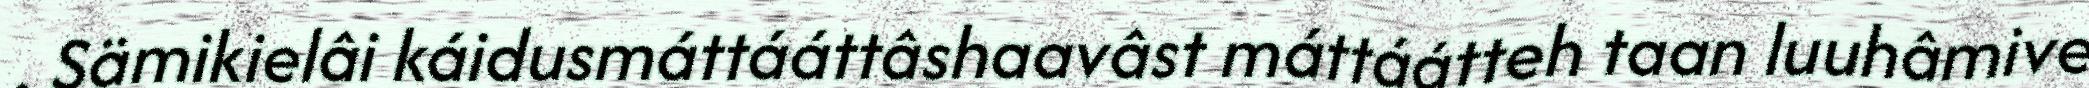
. Sämikielâi káidusmáttááttâshaavâst máttáátteh taan luuhâmive